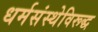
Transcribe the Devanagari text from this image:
धर्मसंस्थेविरूद्ध